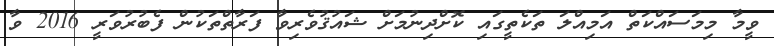
ވީމާ މިމަސައްކަތް އަމިއްލަ ތަކެތީގައި ކޮށްދިނުމަށް ޝައުޤުވެރިވާ ފަރާތްތަކުން ފެބުރުވަރީ 2016 ވާ